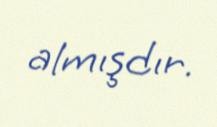
almışdır.